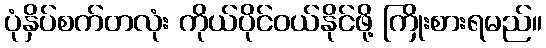
ပုံနှိပ်စက်တလုံး ကိုယ်ပိုင်ဝယ်နိုင်ဖို့ ကြိုးစားရမည်။